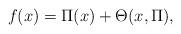
LaTeX: \begin{align*}f(x)=\Pi (x)+\Theta (x,\Pi),\end{align*}